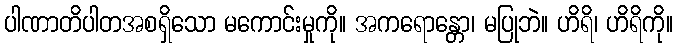
ပါဏာတိပါတအစရှိသော မကောင်းမှုကို။ အကရောန္တော၊ မပြုဘဲ။ ဟိရိ၊ ဟိရိကို။